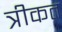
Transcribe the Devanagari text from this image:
त्रीकत